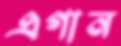
এগান